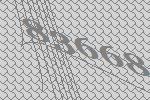
83668